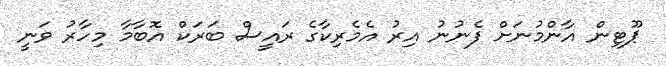
ޕޫޓިން އާންމުނަށް ފެނުނު އިރު އެމެރިކާގެ ރައީސް ބަރަކް އޮބާމާ މިހާރު ވަނީ